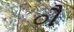
ૌ